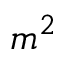
m ^ { 2 }